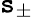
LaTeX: \mathtt{s}_{\pm}